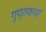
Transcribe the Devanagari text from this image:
गुप्तकथा